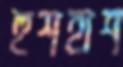
হুশহাশ